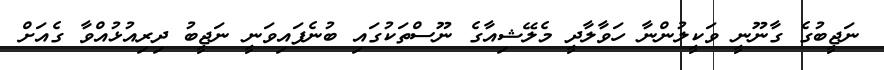
ނަޖީބުގެ ގާނޫނީ ވަކީލުންނާ ހަވާލާދީ މެލޭޝިއާގެ ނޫސްތަކުގައި ބުނެފައިވަނީ ނަޖީބު ދިރިއުޅުއްވާ ގެއަށް